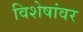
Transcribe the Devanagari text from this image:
विशेषांवर